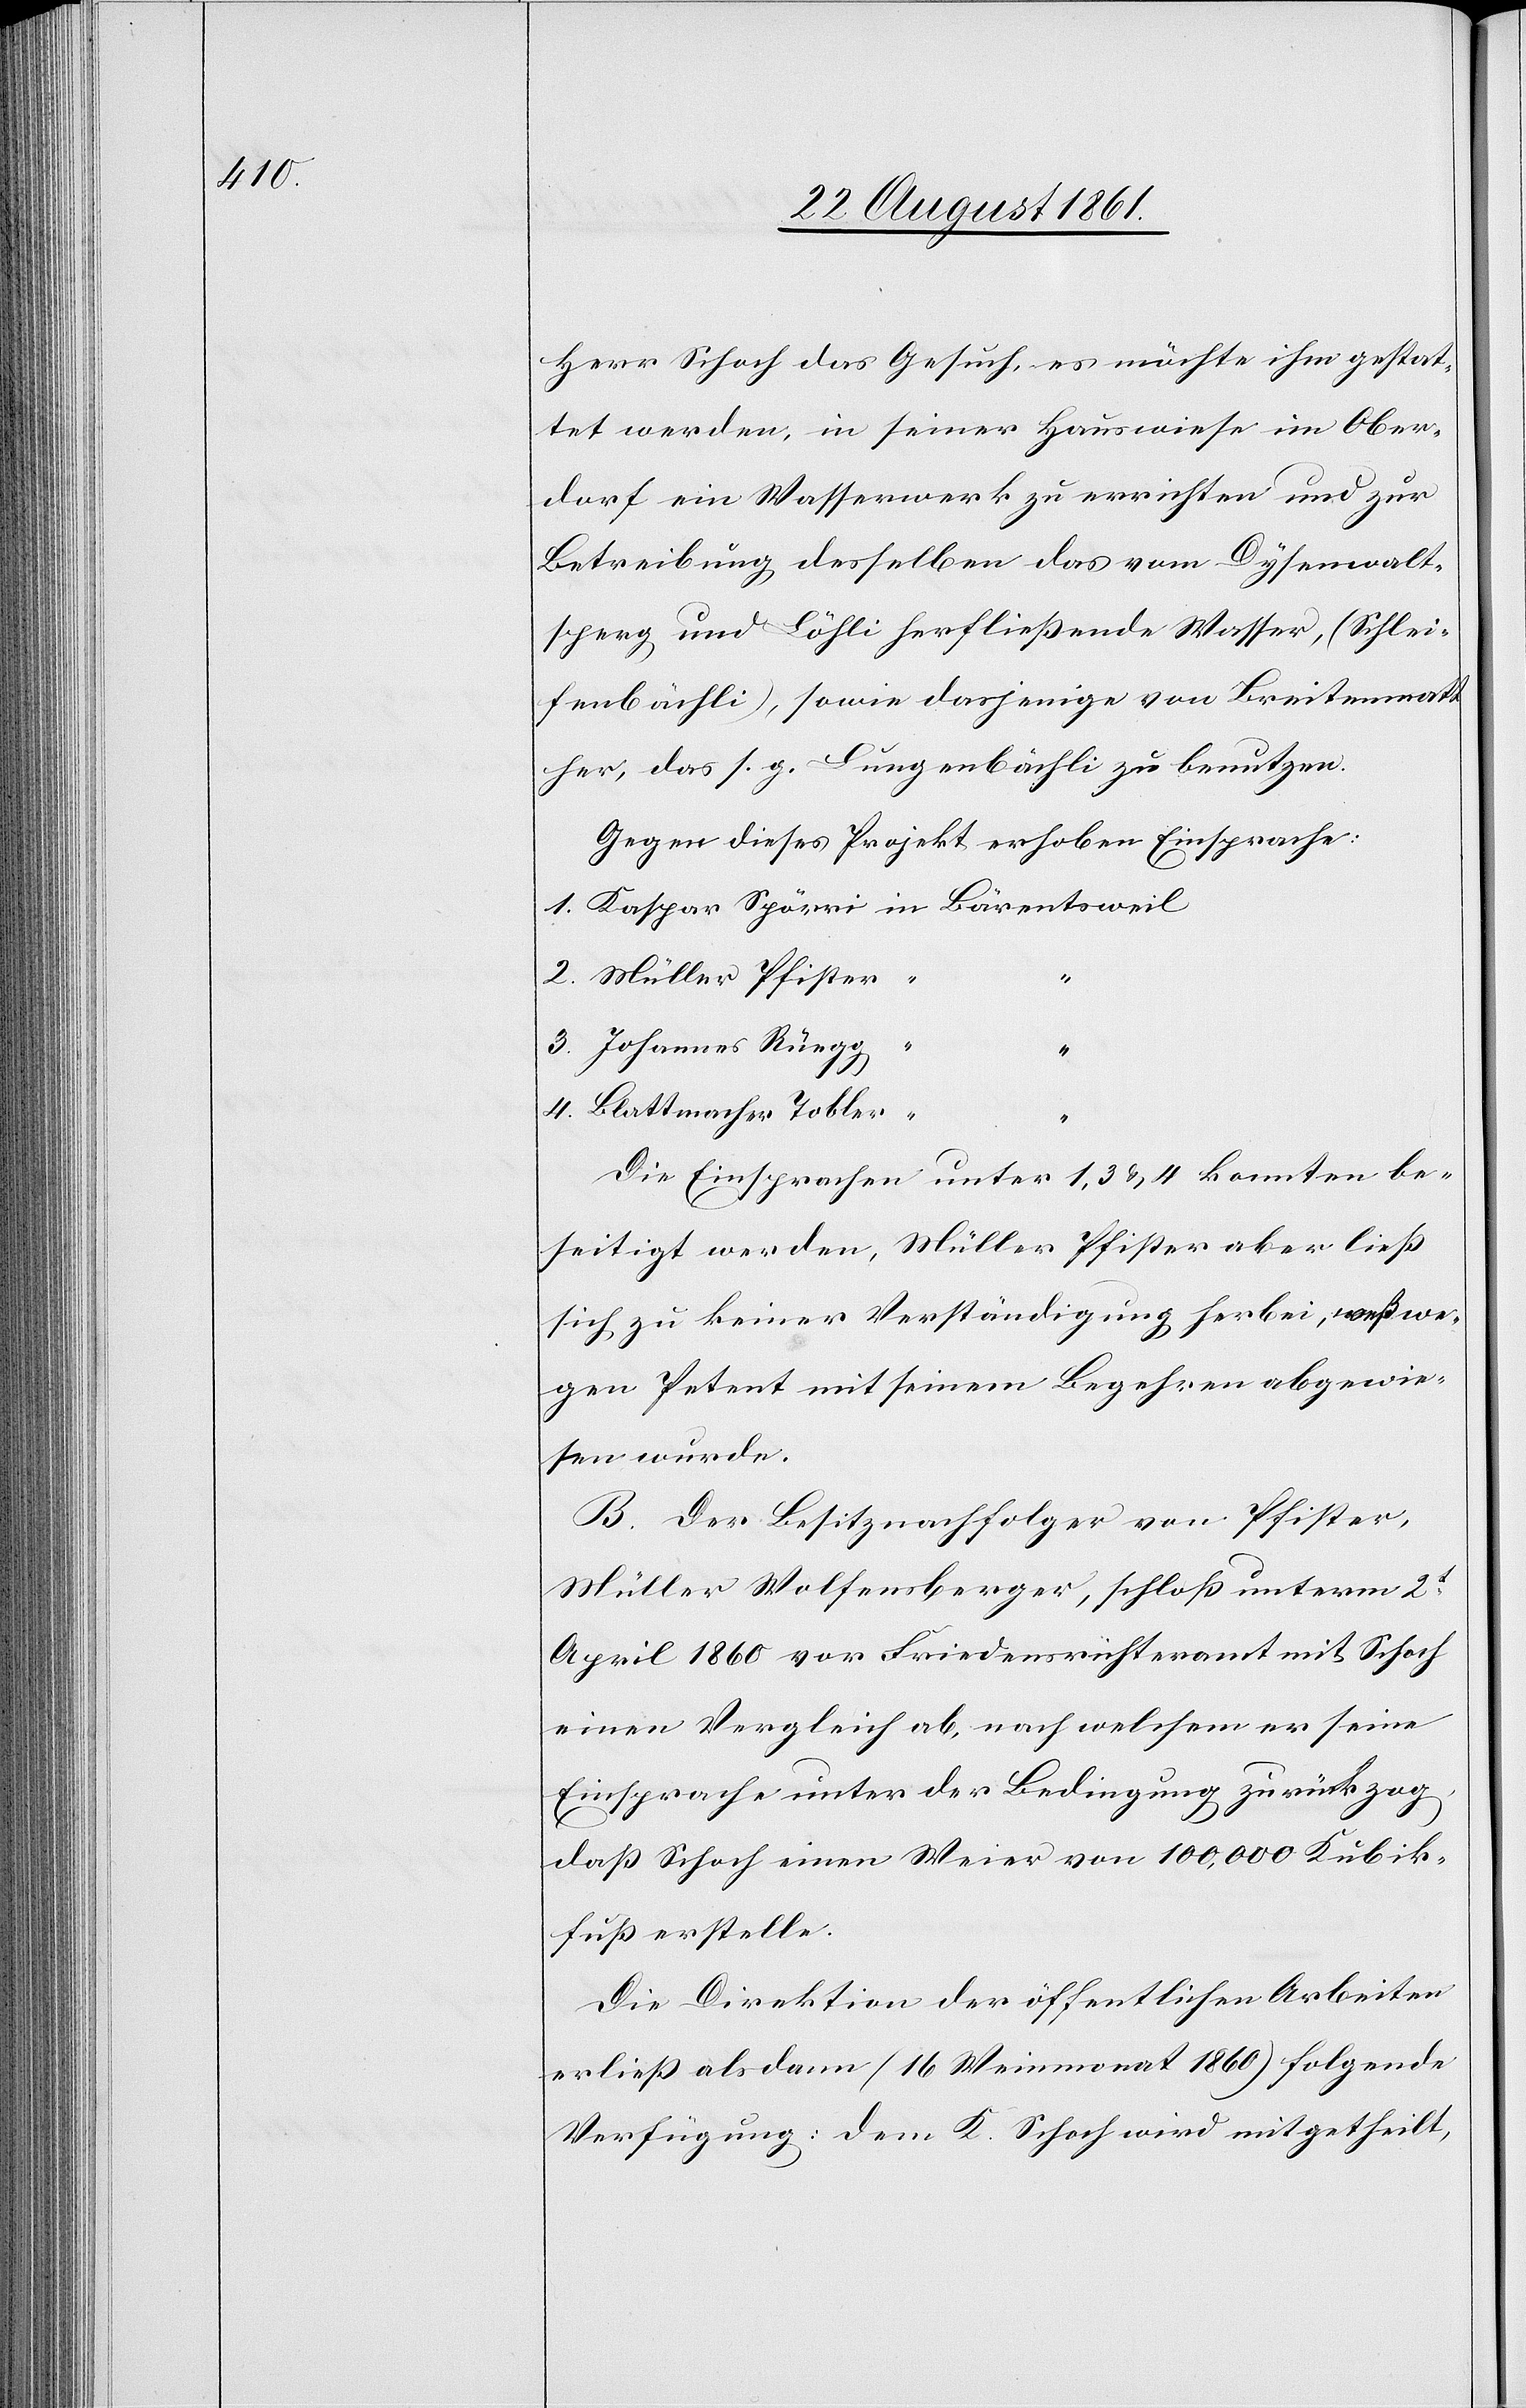
Herr Schoch das Gesuch, es möchte ihm gestat¬
tet werden, in seiner Hauswiese im Ober¬
dorf ein Wasserwerk zu errichten und zur
Betreibung desselben das vom Dysenwalt¬
sperg und Löchli herfließende Wasser, (Schleif¬
fenbächli), sowie dasjenige von Breitenmatt
her, das s. g. Lunzenbächli zu benutzen.
Gegen dieses Projekt erhoben Einsprache:
1. Kaspar Spörri	in Bärentsweil
2. Müller Pfister	“
3. Johannes Rüegg	“
4. Blattmacher Tobler “
Die Einsprachen unter 1, 3 u. 4 konnten be¬
seitigt werden, Müller Pfister aber ließ
sich zu keiner Verständigung herbei, weßwe¬
gen Petent mit seinem Begehren abgewie¬
sen wurde.
B. Der Besitznachfolger von Pfister,
Müller Wolfensberger, schloß unterm 2t
April 1860 vor Friedensrichteramt mit Schoch
einen Vergleich ab, nach welchem er seine
Einsprache unter der Bedingung zurückzog,
daß Schoch einen Weier von 100,000 Kubik¬
fuß erstelle.
Die Direktion der öffentlichen Arbeiten
erließ als dann (16 Weinmonat 1860) folgende
Verfügung: dem K. Schoch wird mitgetheilt,